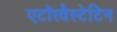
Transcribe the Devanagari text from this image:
एटॉरवैस्टेटिन